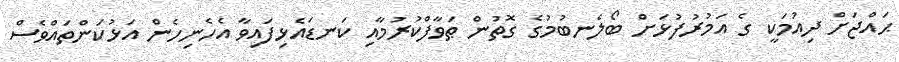
ޙައްޖަށް ދިއުމަކީ ގެ އަމުރުފުޅަށް ބޯލެނބުމުގެ ގޮތުން ޠަވާފްކުރުމާއި ކަނޑައެޅިފައިވާ އެހެނިހެން އަޅުކަންތައްވެސް